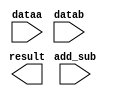
// megafunction wizard: %LPM_ADD_SUB%VBB%
// GENERATION: STANDARD
// VERSION: WM1.0
// MODULE: LPM_ADD_SUB 

// ============================================================
// Megafunction Name(s):
// 			LPM_ADD_SUB
//
// Simulation Library Files(s):
// 			lpm
// ============================================================
// ************************************************************
// THIS IS A WIZARD-GENERATED FILE. DO NOT EDIT THIS FILE!
//
// 13.1.0 Build 162 10/23/2013 SJ Full Version
// ************************************************************

//Copyright (C) 1991-2013 Altera Corporation
//Your use of Altera Corporation's design tools, logic functions 
//and other software and tools, and its AMPP partner logic 
//functions, and any output files from any of the foregoing 
//(including device programming or simulation files), and any 
//associated documentation or information are expressly subject 
//to the terms and conditions of the Altera Program License 
//Subscription Agreement, Altera MegaCore Function License 
//Agreement, or other applicable license agreement, including, 
//without limitation, that your use is for the sole purpose of 
//programming logic devices manufactured by Altera and sold by 
//Altera or its authorized distributors.  Please refer to the 
//applicable agreement for further details.

module LPM_add_sub_8 (
	add_sub,
	dataa,
	datab,
	result);

	input	  add_sub;
	input	[7:0]  dataa;
	input	[7:0]  datab;
	output	[7:0]  result;

endmodule

// ============================================================
// CNX file retrieval info
// ============================================================
// Retrieval info: PRIVATE: CarryIn NUMERIC "0"
// Retrieval info: PRIVATE: CarryOut NUMERIC "0"
// Retrieval info: PRIVATE: ConstantA NUMERIC "0"
// Retrieval info: PRIVATE: ConstantB NUMERIC "0"
// Retrieval info: PRIVATE: Function NUMERIC "2"
// Retrieval info: PRIVATE: INTENDED_DEVICE_FAMILY STRING "Cyclone V"
// Retrieval info: PRIVATE: LPM_PIPELINE NUMERIC "0"
// Retrieval info: PRIVATE: Latency NUMERIC "0"
// Retrieval info: PRIVATE: Overflow NUMERIC "0"
// Retrieval info: PRIVATE: RadixA NUMERIC "10"
// Retrieval info: PRIVATE: RadixB NUMERIC "10"
// Retrieval info: PRIVATE: Representation NUMERIC "1"
// Retrieval info: PRIVATE: SYNTH_WRAPPER_GEN_POSTFIX STRING "0"
// Retrieval info: PRIVATE: ValidCtA NUMERIC "0"
// Retrieval info: PRIVATE: ValidCtB NUMERIC "0"
// Retrieval info: PRIVATE: WhichConstant NUMERIC "0"
// Retrieval info: PRIVATE: aclr NUMERIC "0"
// Retrieval info: PRIVATE: clken NUMERIC "0"
// Retrieval info: PRIVATE: nBit NUMERIC "8"
// Retrieval info: PRIVATE: new_diagram STRING "1"
// Retrieval info: LIBRARY: lpm lpm.lpm_components.all
// Retrieval info: CONSTANT: LPM_DIRECTION STRING "UNUSED"
// Retrieval info: CONSTANT: LPM_HINT STRING "ONE_INPUT_IS_CONSTANT=NO,CIN_USED=NO"
// Retrieval info: CONSTANT: LPM_REPRESENTATION STRING "UNSIGNED"
// Retrieval info: CONSTANT: LPM_TYPE STRING "LPM_ADD_SUB"
// Retrieval info: CONSTANT: LPM_WIDTH NUMERIC "8"
// Retrieval info: USED_PORT: add_sub 0 0 0 0 INPUT NODEFVAL "add_sub"
// Retrieval info: USED_PORT: dataa 0 0 8 0 INPUT NODEFVAL "dataa[7..0]"
// Retrieval info: USED_PORT: datab 0 0 8 0 INPUT NODEFVAL "datab[7..0]"
// Retrieval info: USED_PORT: result 0 0 8 0 OUTPUT NODEFVAL "result[7..0]"
// Retrieval info: CONNECT: @add_sub 0 0 0 0 add_sub 0 0 0 0
// Retrieval info: CONNECT: @dataa 0 0 8 0 dataa 0 0 8 0
// Retrieval info: CONNECT: @datab 0 0 8 0 datab 0 0 8 0
// Retrieval info: CONNECT: result 0 0 8 0 @result 0 0 8 0
// Retrieval info: GEN_FILE: TYPE_NORMAL LPM_add_sub_8.v TRUE
// Retrieval info: GEN_FILE: TYPE_NORMAL LPM_add_sub_8.inc FALSE
// Retrieval info: GEN_FILE: TYPE_NORMAL LPM_add_sub_8.cmp FALSE
// Retrieval info: GEN_FILE: TYPE_NORMAL LPM_add_sub_8.bsf FALSE
// Retrieval info: GEN_FILE: TYPE_NORMAL LPM_add_sub_8_inst.v FALSE
// Retrieval info: GEN_FILE: TYPE_NORMAL LPM_add_sub_8_bb.v TRUE
// Retrieval info: LIB_FILE: lpm